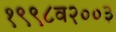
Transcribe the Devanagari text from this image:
१९९८व२००३